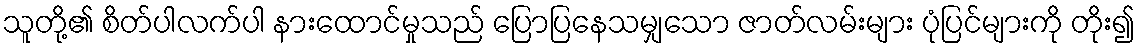
သူတို့၏ စိတ်ပါလက်ပါ နားထောင်မှုသည် ပြောပြနေသမျှသော ဇာတ်လမ်းများ ပုံပြင်များကို တိုး၍